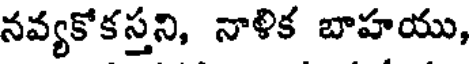
నవ్యకోకస్తని, నాళిక బాహయు,